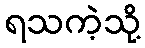
ရသကဲ့သို့